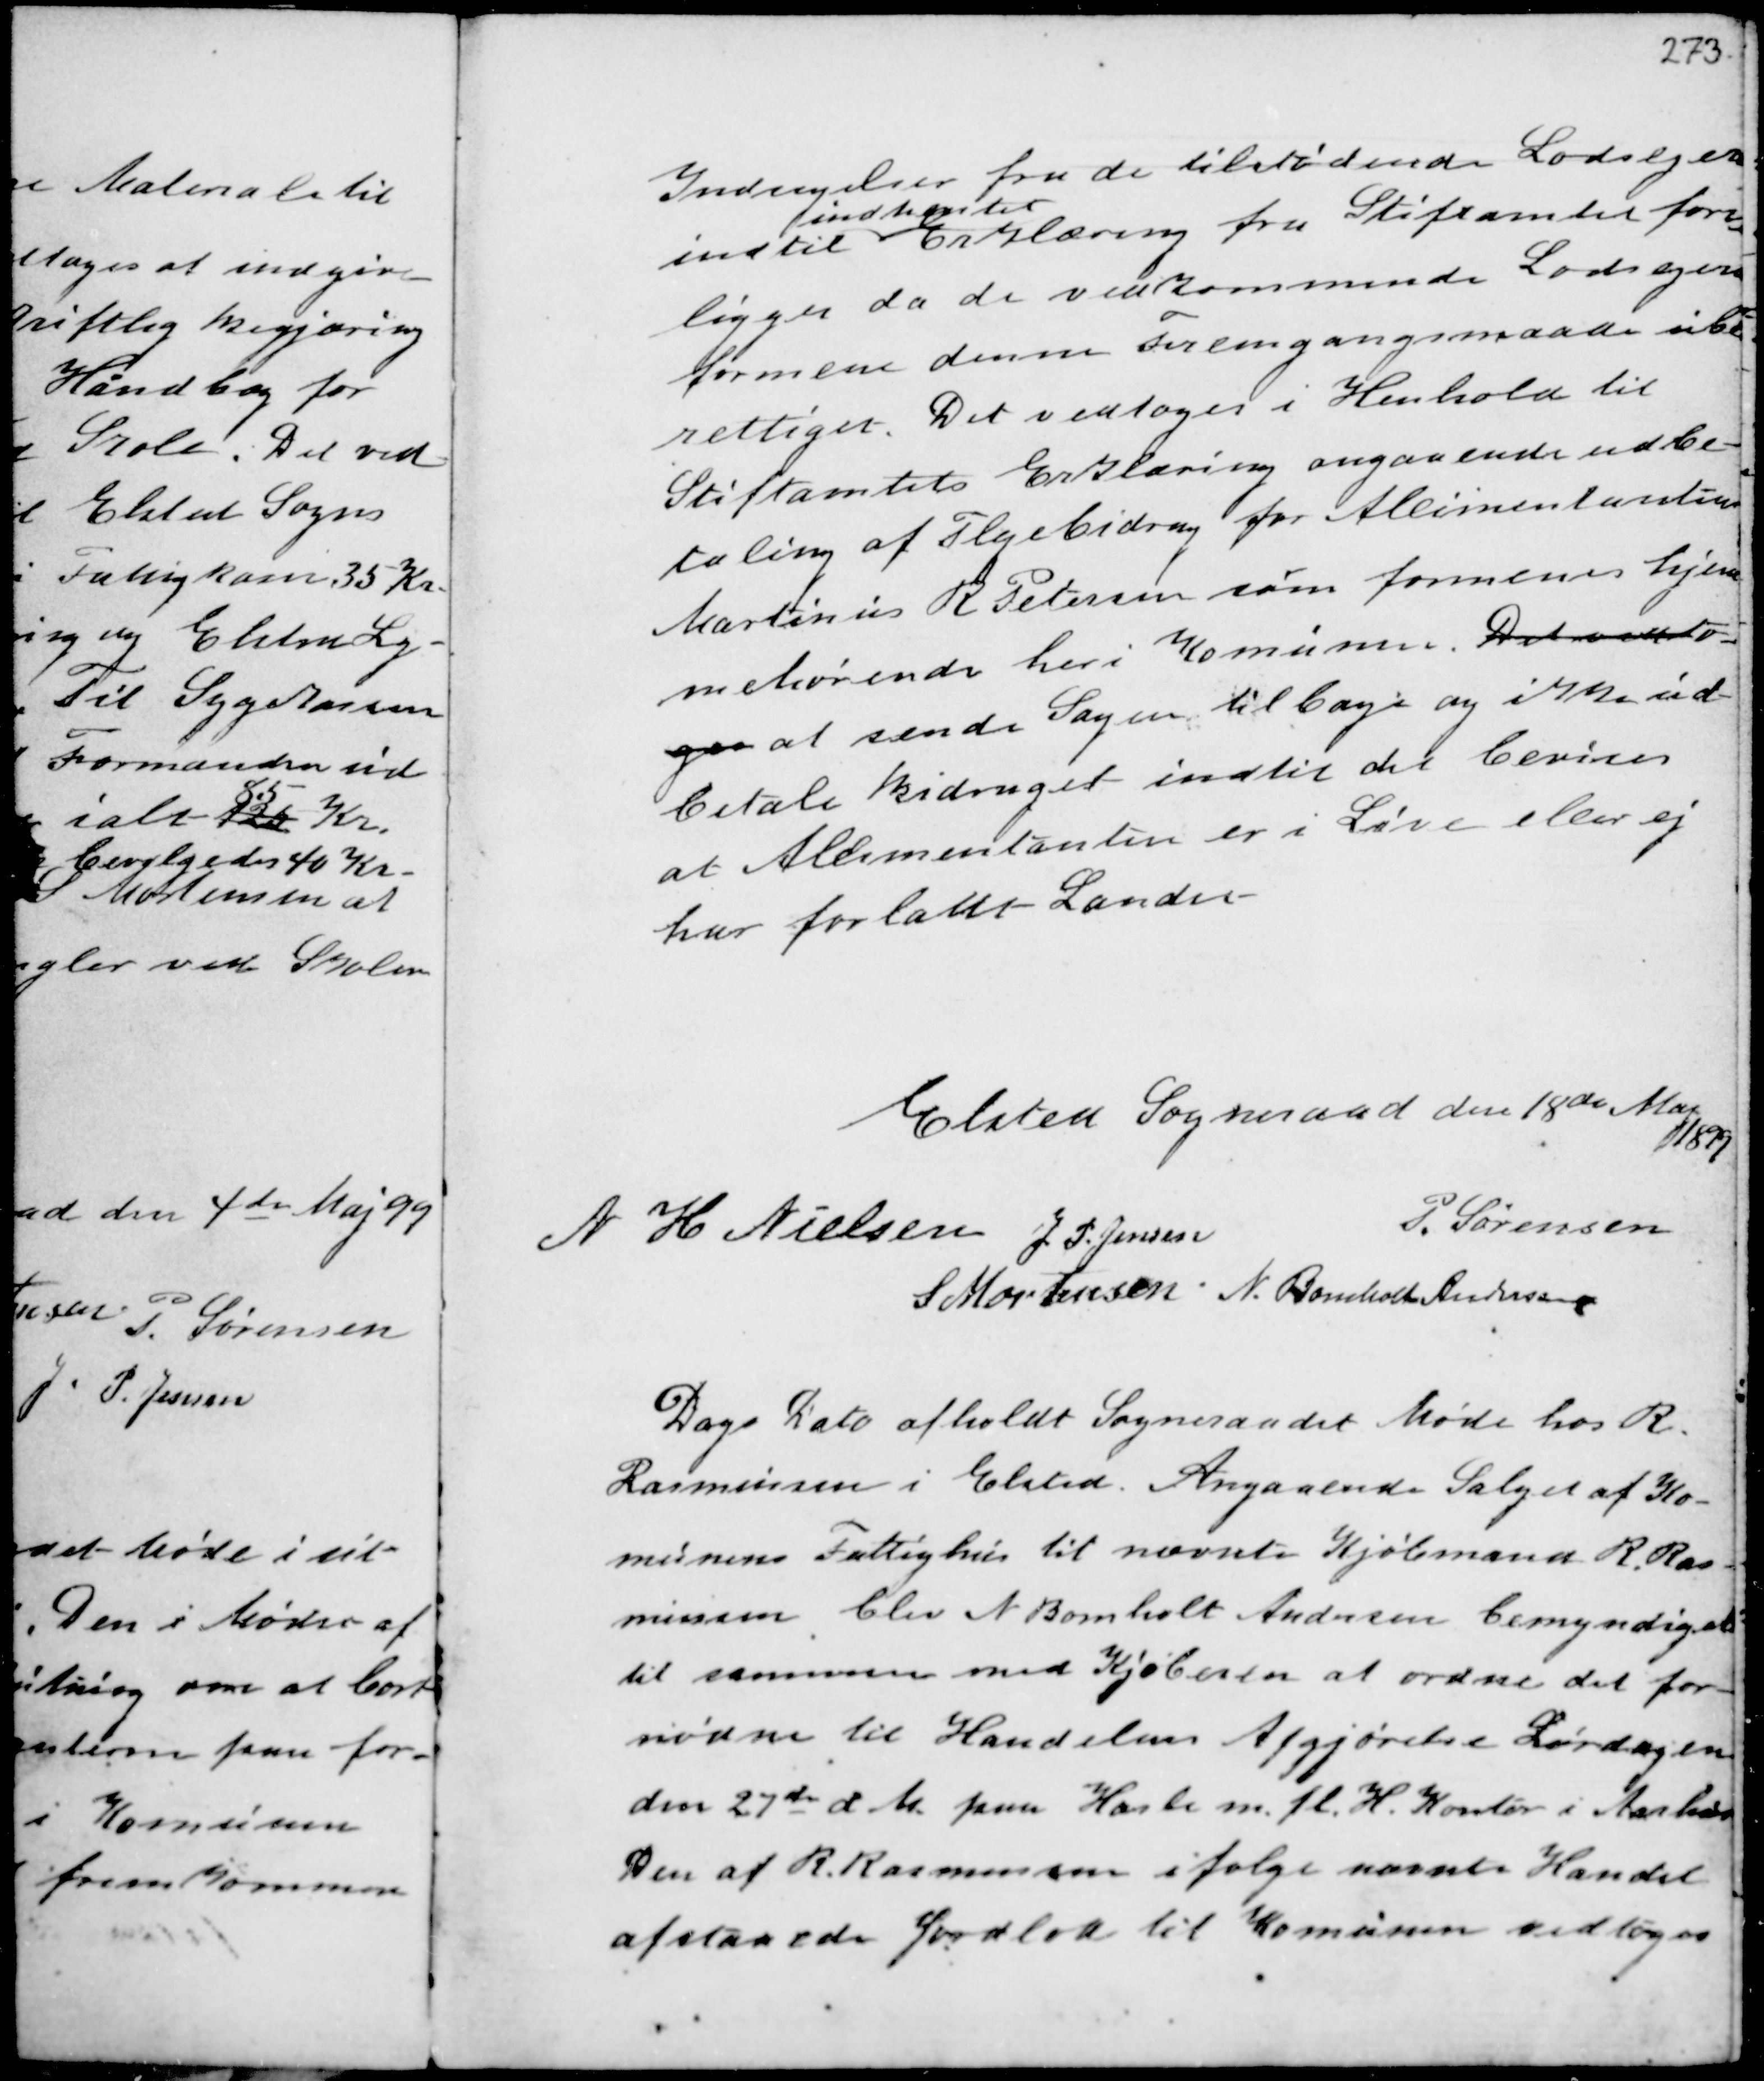
Transskription:
Indsigelser fra de tilstødende Lodsejere
indtil
indhentet
Erklæring fra Stiftamtet fore-
ligger da de vedkommende Lodsejere
formens denne Fremgangsmaade ube-
rettiget. Det vedtoges i Henhold til
Stiftamtets Erklæring angaaende udbe-
taling af Plejebidrag for Allimentanten
Martinus R. Petersen som formenes hjem-
mehørende her i Komunen, Det vedto
ges at sende Sagen tilbage og ikke ud-
betale Bidraget indtil det bevises
at Allimentanten er i Live eller ej
har forladt Landet -

Elsted Sogneraad den 18de Maj
1899
N H Nielsen J P. Jensen
P. Sørensen
S Mortensen N. Bomholt Andersen

Dags Dato afholdt Sogneraadet Møde hos R.
Rasmussen i Elsted. Angaaende Salget af Ko-
munens Fattighus til nævnte Kjøbmand R. Ras-
mussen blev N Bomholt Andersen bemyndiget
til sammen med Kjøberen at ordne det for-
nødne til Handelens Afgjørelse Lørdagen
den 27de d M. paa Hasle m.fl. H. Kontor i Aarhus
Den af R. Rasmussen ifølge nævnte Handel
afstaaede Jordlod til Komunen vedtoges